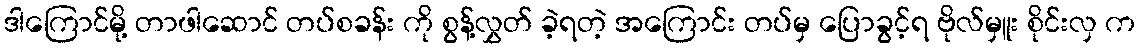
ဒါကြောင်မို့ တာဖါဆောင် တပ်စခန်း ကို စွန့်လွှတ် ခဲ့ရတဲ့ အကြောင်း တပ်မှ ပြောခွင့်ရ ဗိုလ်မှူး စိုင်းလှ က